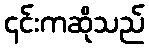
၄င်းကဆိုသည်